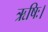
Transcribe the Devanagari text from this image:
ऋषिः।